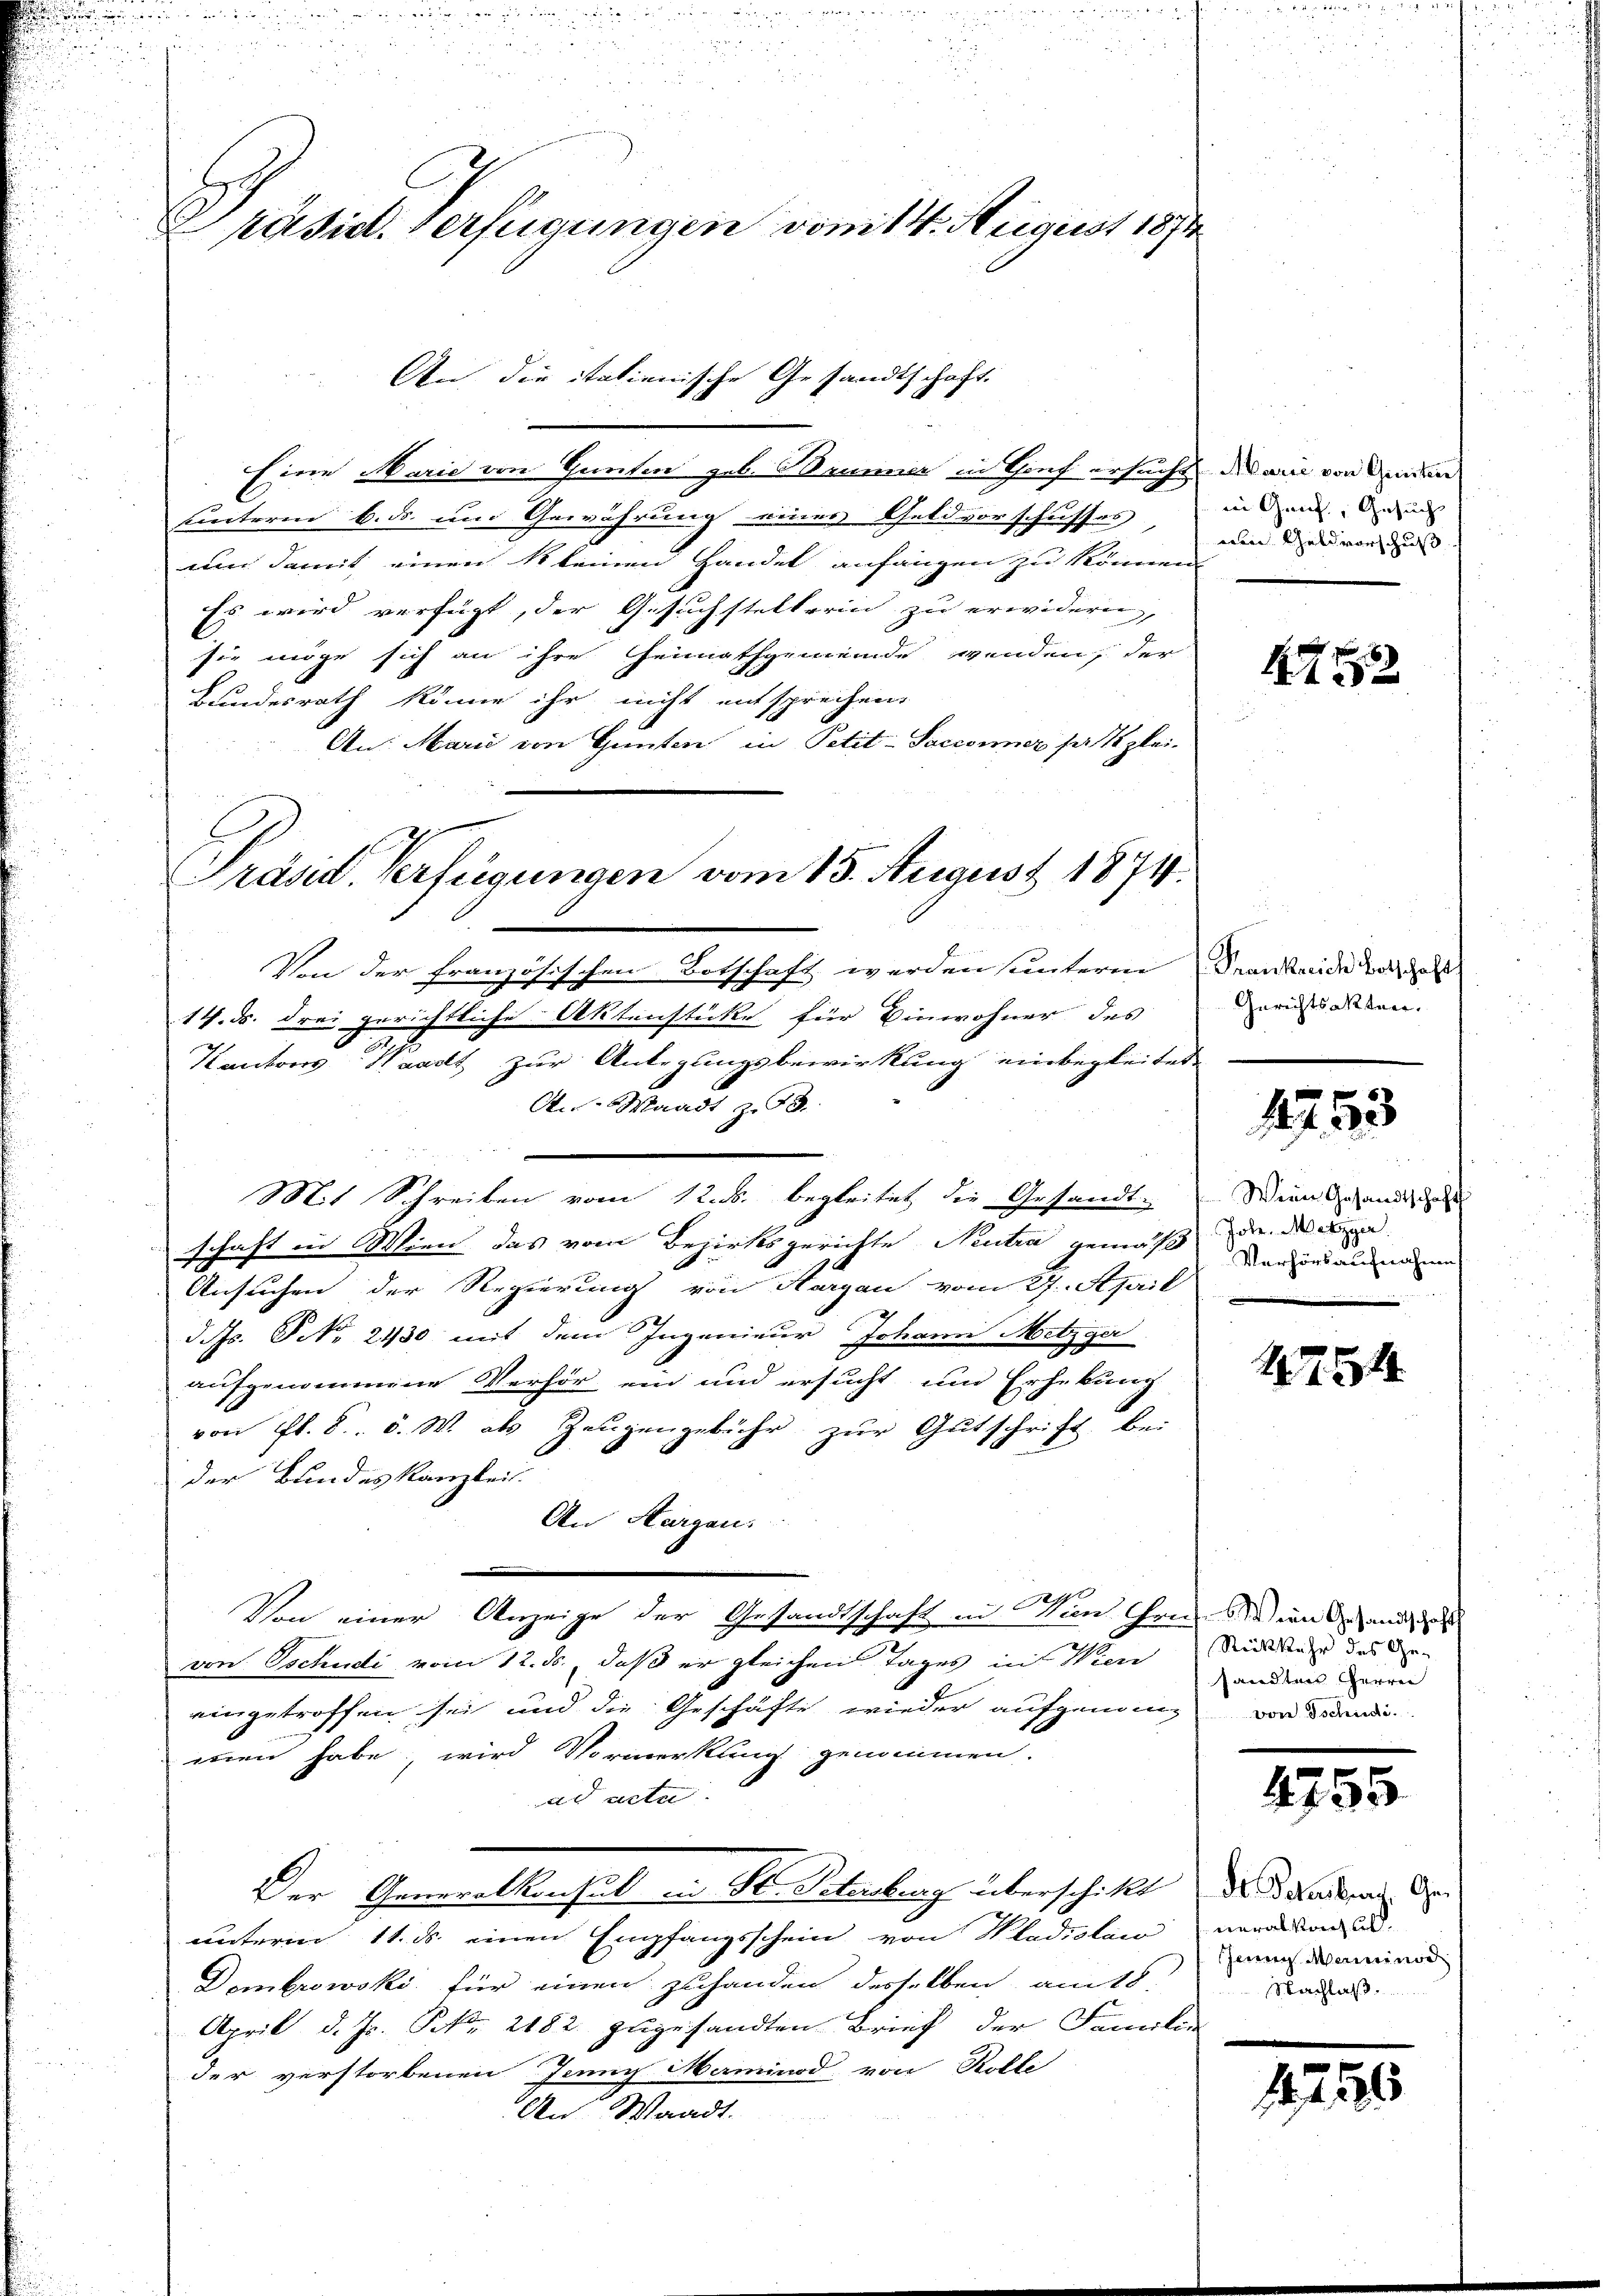
Präsid. Verfügungen vom 14. August 1874

Eine Marie von Ganten geb. Brunner in Hof ersucht dann von Bunden
unterm 6. ds. und Gewährung einer Geldvorschusses, in mit des
um damit einen Steinen Handel anfangen zu können
Es wird verfügt, der Gesuchstellerin zu erwidern,
sie möge sich an ihre Heimathgemeinde wenden, der
Bundesrath könne ihr nicht entsprechen
An: Marie von Gunten in Petit-Saccommer sast glei¬
Von der französischen Botschaft werden sunteren Frankende das
14. ds. drei gerichtliche Aktenstücke für Einwohner des
Kantons Waadt zur Anlegungsbewirkung einbegleitet
O. Waadt z. 73.
Mit Schreiben vom 12. ds. begleitet die Gesandt-
schaft in Wien das vom Bezirksgerichte Neutra gemäß den de
Ansuchen der Regierung von Aargau vom 27. April
d. M. NNo. 2430 mit dem Ingenieur Johann Metzger
aufgenommene Verhör ein und ersucht und Erhebung
von fl. 8. d. W. als Zeugengebühr zur Gutschrift bei
der Bundes Kanzlei.
An Hergan
n
210
Von einer Anzeige der Gesandtschaft in Wien Gries in und
von Tschudi vom 12. ds., daß er gleichen Tages in Wien Mittage des Ge-
eingetroffen sei und die Geschäfte wieder aufgenome von Brandi
men habe, wird Vormerkung genommen.
ad acta.
Der Generalkonsul in St. Petenberg überschickt des Standern d
unterm 11. ds. einen Empfangsschein von Kladislaw veraison ad
Dombrowski für einen zuhanden desselben am 18.
April d. Js. Nr. 2182 zugesandten Brief der Saniten
der verstorbenen Jenny Maminod von Kolle
An Waadt.

An die itationische Gesandtschaft.

Präsid. Verfügungen vom 15. August 1874.

nin Geldvorschuß

4922

Gerichtsakten.

1753

Wein Gesandtschaft
Verhörsaufnahme

1454

sandten Herren

4755

Jenny Meininod
Nachlaß

1755